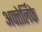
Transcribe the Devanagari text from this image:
अफ्तेर्लिफे